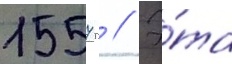
1557 г // Э́та